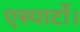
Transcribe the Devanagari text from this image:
एस्पार्टो।